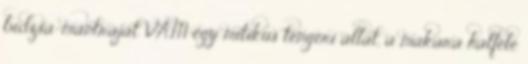
bidzsa-mantráját VAM egy mitikus tengeri állat, a makara halféle